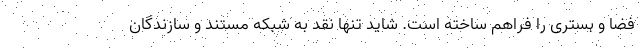
فضا و بستری را فراهم ساخته است. شاید تنها نقد به شبکه مستند و سازندگان